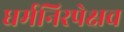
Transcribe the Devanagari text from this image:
धर्मनिरपेक्षव